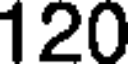
120